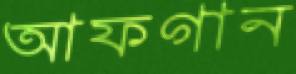
আফগান